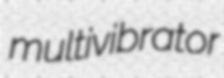
multivibrator